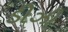
ડીઝી